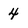
Character: 4